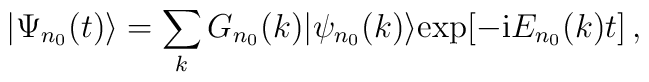
|\Psi_{n_0}(t)\rangle = \sum_k G_{n_0}(k)|\psi_{n_0}(k)\rangle {\rm exp}[-{\rm i}E_{n_0}(k)t]\,,